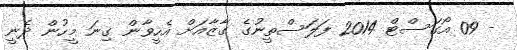
- 09 އޯގަސްޓް 2014 ފަލަސްތީނުގެ ގާޒާއަށް އެހީވާން ގިނަ މީހުން ދެނީ